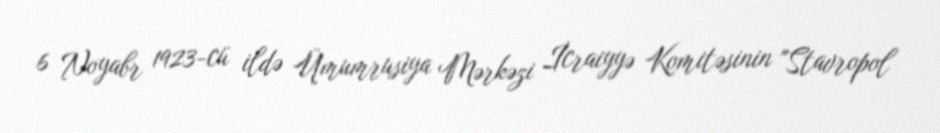
6 Noyabr 1923-cü ildə Ümumrusiya Mərkəzi İcraiyyə Komitəsinin "Stavropol